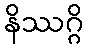
နိဿဂ္ဂိ